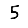
Digit: 5